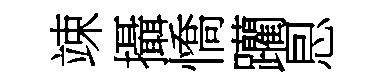
竦攝憍躪㤙